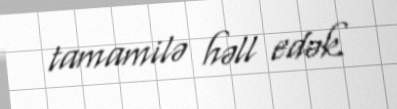
tamamilə həll edək.